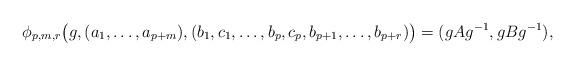
LaTeX: \begin{align*}\phi_{p,m,r} \big( g, (a_1,\dots,a_{p+m}), (b_1,c_1,\dots,b_p,c_p,b_{p+1},\dots, b_{p+r}) \big) =(gAg^{-1},gBg^{-1}),\end{align*}